Annual report on the working of the lock hospitals in the North-Western Provinces and Oudh
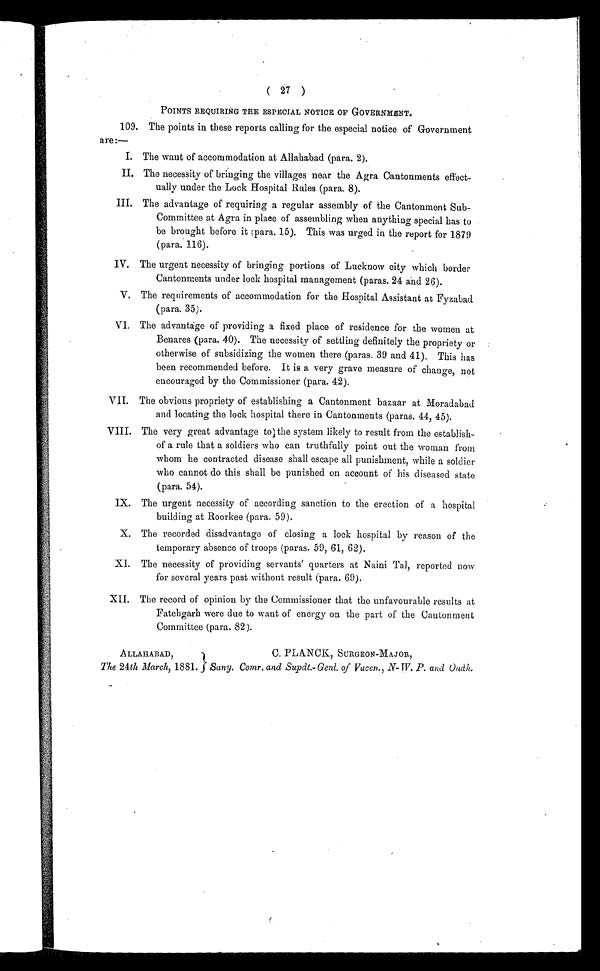
( 27 )
POINTS REQUIRING THE ESPECIAL NOTICE OF GOVERNMENT.
109. The points in these reports calling for the especial notice of Government
are:—
I. The want of accommodation at Allahabad (para. 2).
II. The necessity of bringing the villages near the Agra Cantonments effect-
ually under the Lock Hospital Rules (para. 8).
III. The advantage of requiring a regular assembly of the Cantonment Sub-
Committee at Agra in place of assembling when anything special has to
be brought before it para. 15). This was urged in the report for 1879
(para. 116).
IV. The urgent necessity of bringing portions of Lucknow city which border
Cantonments under lock hospital management (paras. 24 and 26).
V. The requirements of accommodation for the Hospital Assistant at Fyzabad
(para. 35).
VI. The advantage of providing a fixed place of residence for the women at
Benares (para. 40). The necessity of settling definitely the propriety or
otherwise of subsidizing the women there (paras. 39 and 41). This has
been recommended before. It is a very grave measure of change, not
encouraged by the Commissioner (para. 42).
VII. The obvious propriety of establishing a Cantonment bazaar at Moradabad
and locating the lock hospital there in Cantonments (paras. 44, 45).
VIII. The very great advantage to the system likely to result from the establish-
of a rule that a soldiers who can truthfully point out the woman from
whom he contracted disease shall escape all punishment, while a soldier
who cannot do this shall be punished on account of his diseased state
(para. 54).
IX. The urgent necessity of according sanction to the erection of a hospital
building at Roorkee (para. 59).
X. The recorded disadvantage of closing a lock hospital by reason of the
temporary absence of troops (paras. 59, 61, 62).
XI. The necessity of providing servants' quarters at Naini Tal, reported now
for several years past without result (para. 69).
XII. The record of opinion by the Commissioner that the unfavourable results at
Fatehgarh were due to want of energy on the part of the Cantonment
Committee (para. 82).
ALLAHABAD,
C. PLANCK, SURGEON-MAJOR,
The 24th March, 1881. } Sany. Comr. and Supdt.- Gent of Vaccn., N- W. P. and Oudh.